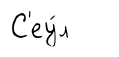
С'еу́л